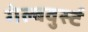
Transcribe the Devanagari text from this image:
गेल्बवुर्स्ट